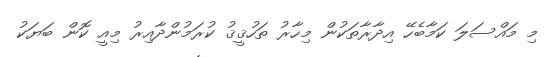
މި މައްސަލަ ކަމާބެހޭ އިދާރާތަކުން މިހާރު ތަހުޤީޤު ކުރަމުންދާއިރު މިއީ ކޮން ބަޔަކު